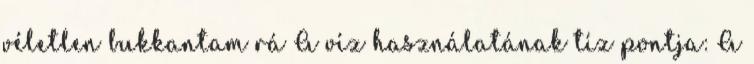
véletlen bukkantam rá A víz használatának tíz pontja: A